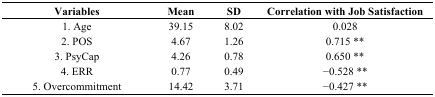
| Variables | Mean | SD | Correlation with Job Satisfaction |
 | --- | --- | --- | --- |
 | 1. Age | 39.15 | 8.02 | 0.028 |
 | 2. POS | 4.67 | 1.26 | 0.715 ** |
 | 3. PsyCap | 4.26 | 0.78 | 0.650 ** |
 | 4. ERR | 0.77 | 0.49 | −0.528 ** |
 | 5. Overcommitment | 14.42 | 3.71 | −0.427 ** |